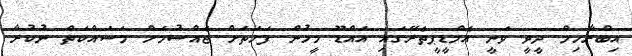
އިބްރާހިމް ދީދީ ވަނީ އެމްޑީޕީތެރޭގައި އައްޑޫ މީހުން ފަހަތަށް ޖެއްސުމަށް މަސައްކަތް ނުކުރާ